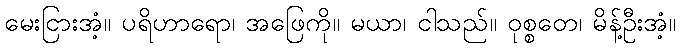
မေးငြားအံ့။ ပရိဟာရော၊ အဖြေကို။ မယာ၊ ငါသည်။ ဝုစ္စတေ၊ မိန့်ဦးအံ့။